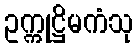
ဥက္ကုဋ္ဌိမကံသု